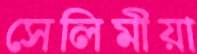
সেলিমীয়া